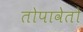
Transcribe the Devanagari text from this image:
तोपावेतो